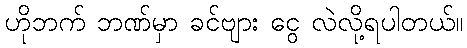
ဟိုဘက် ဘဏ်မှာ ခင်ဗျား ငွေ လဲလို့ရပါတယ်။